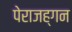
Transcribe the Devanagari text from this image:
पेराजह्गन